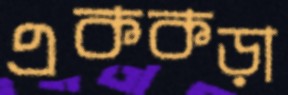
এককড়া